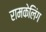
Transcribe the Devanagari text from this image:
रामकेलिंग